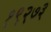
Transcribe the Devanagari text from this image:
१९२७३